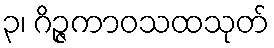
၃၊ ဂိဉ္ဇကာဝသထသုတ်